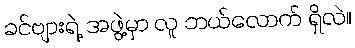
ခင်ဗျားရဲ့ အဖွဲ့မှာ လူ ဘယ်လောက် ရှိလဲ။